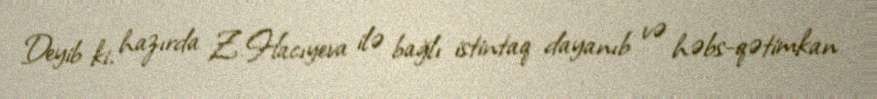
Deyib ki, hazırda Z.Hacıyeva ilə bağlı istintaq dayanıb və həbs-qətimkan